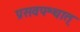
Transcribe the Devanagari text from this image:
प्रसवपश्चात्